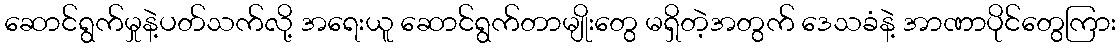
ဆောင်ရွက်မှုနဲ့ပတ်သက်လို့ အရေးယူ ဆောင်ရွက်တာမျိုးတွေ မရှိတဲ့အတွက် ဒေသခံနဲ့ အာဏာပိုင်တွေကြား